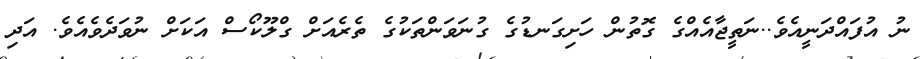
ނު އުފައްދަނީއެވެ..ނަތީޖާއެއްގެ ގޮތުން ހަށިގަނޑުގެ ގުނަވަންތަކުގެ ތެރެއަށް ގްލޫކޯސް އަކަށް ނުވަދެވެއެވެ. އަދި